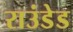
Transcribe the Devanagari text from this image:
राउंडेड